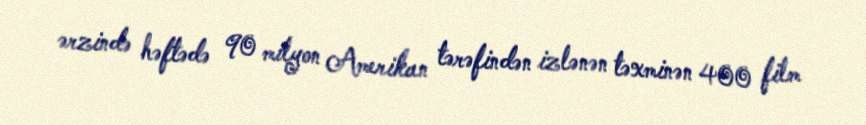
ərzində həftədə 90 milyon Amerikan tərəfindən izlənən təxminən 400 film